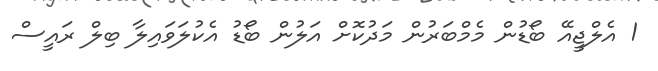
1 އެލްޖީއޭ ބޯޑުން މެމްބަރުން މަދުކޮށް އަލުން ބޯޑު އެކުލަވައިލާ ބިލް ރައީސް